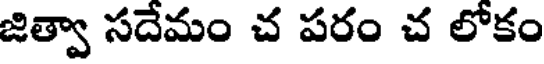
జిత్వా సదేమం చ పరం చ లోకం